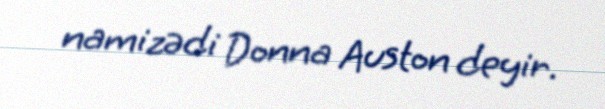
namizədi Donna Auston deyir.